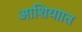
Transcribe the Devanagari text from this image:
आशियाात